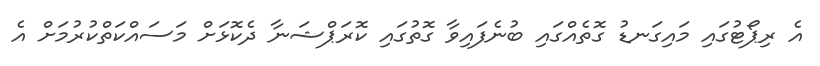
އެ ރިޕޯޓުގައި މައިގަނޑު ގޮތެއްގައި ބުނެފައިވާ ގޮތުގައި ކޮރަޕްޝަނާ ދެކޮޅަށް މަސައްކަތްކުރުމަށް އެ